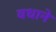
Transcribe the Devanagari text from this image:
वधाने